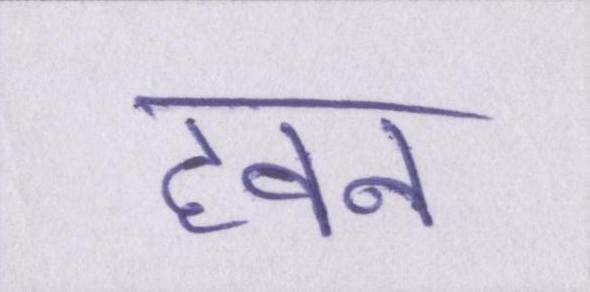
हवन